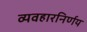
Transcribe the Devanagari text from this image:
व्यवहारनिर्णय